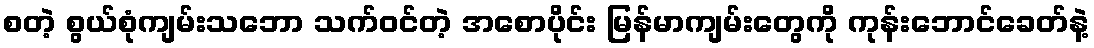
စတဲ့ စွယ်စုံကျမ်းသဘော သက်ဝင်တဲ့ အစောပိုင်း မြန်မာကျမ်းတွေကို ကုန်းဘောင်ခေတ်နဲ့